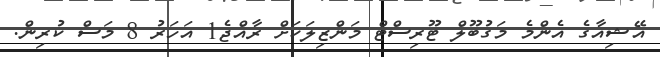
އޭޝިއާގެ އެންމެ މަގުބޫލް ޓޫރިސްޓް މަންޒިލަކަށް ރާއްޖެ1 އަހަރު 8 މަސް ކުރިން.